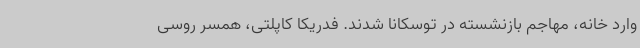
وارد خانه، مهاجم بازنشسته در توسکانا شدند. فدریکا کاپلتی، همسر روسی